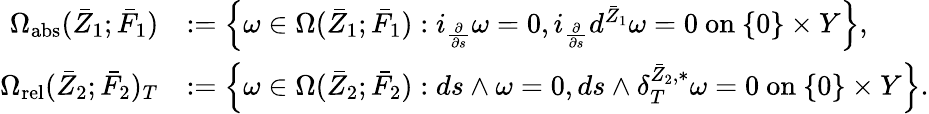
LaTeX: \begin{array}{rl}{\Omega_{\mathrm{abs}}({\bar{Z}}_{1};\bar{F}_{1})}&{:=\left\{ \omega\in\Omega({\bar{Z}}_{1};\bar{F}_{1}):i_{\frac{\partial}{\partial s}}\omega=0,i_{\frac{\partial}{\partial s}}d^{{\bar{Z}}_{1}}\omega=0\mathrm{~on~}\{ 0\} \times Y\right\} ,}\\ {\Omega_{\mathrm{rel}}({\bar{Z}}_{2};\bar{F}_{2})_{T}}&{:=\left\{ \omega\in\Omega({\bar{Z}}_{2};\bar{F}_{2}):ds\wedge\omega=0,ds\wedge\delta_{T}^{{\bar{Z}}_{2},*}\omega=0\mathrm{~on~}\{ 0\} \times Y\right\} .}\end{array}